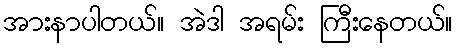
အားနာပါတယ်။ အဲဒါ အရမ်း ကြီးနေတယ်။